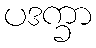
ပဒက္ခာ